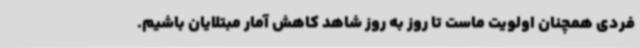
فردی همچنان اولویت ماست تا روز به روز شاهد کاهش آمار مبتلایان باشیم.